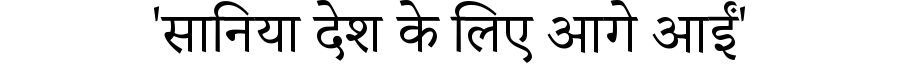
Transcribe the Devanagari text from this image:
'सानिया देश के लिए आगे आईं'